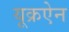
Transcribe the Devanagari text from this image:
यूक्रऐन